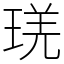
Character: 琷